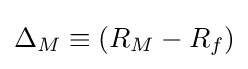
\Delta _{M}\equiv (R_{M}-R_{f})